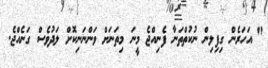
" އަހަރެން ގިފިލިން ނުކުތްތަނާ ފެނިއްޖެ މީނަ މިތަނަށް ވަންނަނިކޮށް ލަދުވެސް ގަނެއްޖެ.